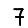
Digit: 7